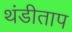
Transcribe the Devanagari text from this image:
थंडीताप